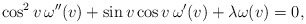
\begin{align*} \cos^{2}v\,\omega''(v) + \sin v\cos v\,\omega'(v) + \lambda\omega(v)=0, \end{align*}